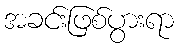
အခင်းဖြစ်ပွားရာ